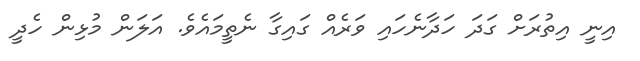
އިނީ އިތުރަށް ގަދަ ހަދާނެހައި ވަރެއް ގައިގާ ނެތީމައެވެ. އަލަން މުޅިން ހެދީ